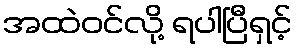
အထဲဝင်လို့ ရပါပြီရှင့်